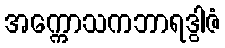
အက္ကောသကဘာရဒွါဇံ